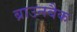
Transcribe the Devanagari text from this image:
ब्राउनबैक